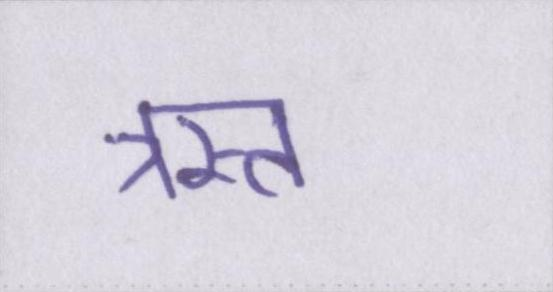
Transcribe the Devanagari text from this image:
त्रस्त